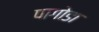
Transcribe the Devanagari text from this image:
पागोडा